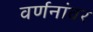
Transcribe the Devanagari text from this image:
वर्णनांवर